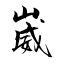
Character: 崴